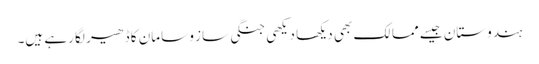
ہندوستان جیسے ممالک بھی دیکھا دیکھی جنگی ساز و سامان کا ڈھیر لگا رہے ہیں۔